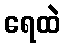
ရေထဲ